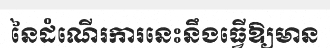
នៃដំណើរការនេះនឹងធ្វើឱ្យមាន